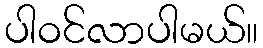
ပါဝင်လာပါမယ်။